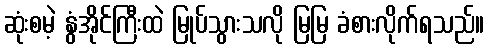
ဆုံးစမဲ့ နွံအိုင်ကြီးထဲ မြုပ်သွားသလို မြမြ ခံစားလိုက်ရသည်။